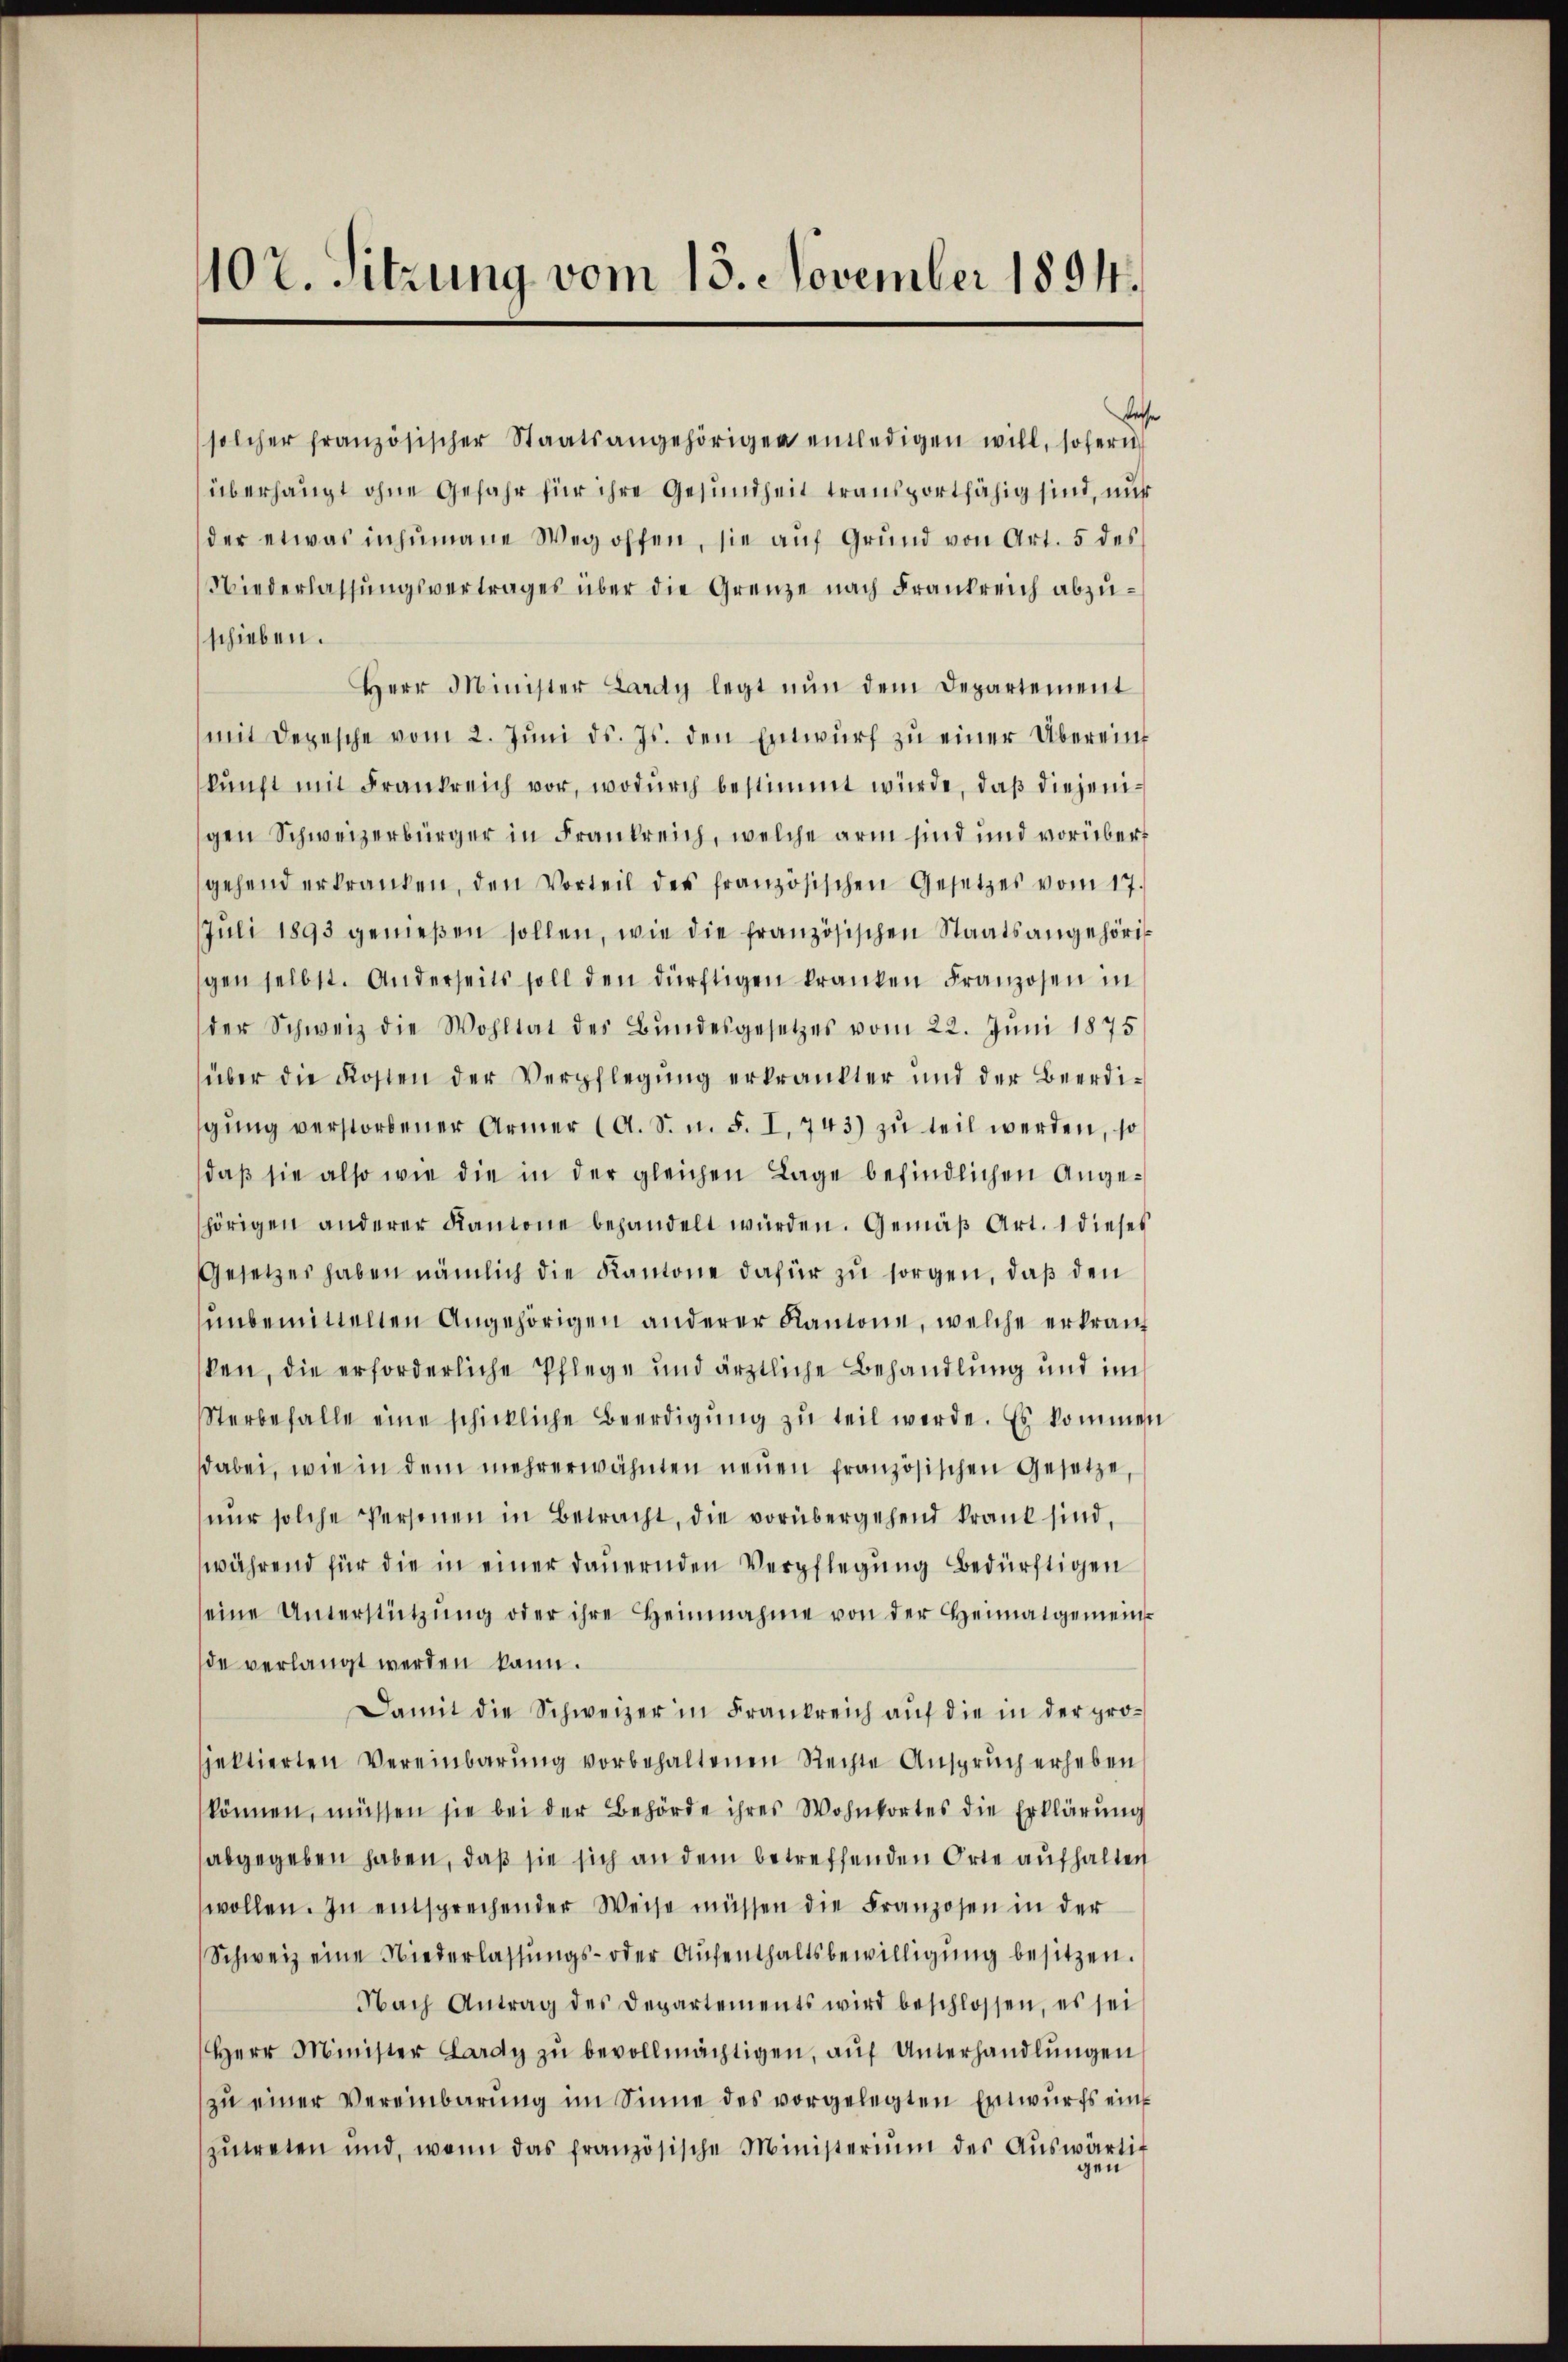
102. Sitzung vom 15. November 1894.

solcher französischer Staatsangehörigen einledigen will, sofern
überhaupt ohne Gefahr für ihre Gesundheit transportfähig sind, nur
der etwas inhumane Weg offen, sie aŭf Grund von Art. 5 des
Niederlassungsvertrages über die Grenze nach Frankreich abzuschieben.
Herr Minister Lardy legt nŭn dem Departement
mit Depesche vom 2. Jŭni d. Js. den Entwŭrf zŭ einer Übereinf
kŭnft mit Frankreich vor, wodurch bestimmt würde, daß diejenigen Schweizerbürger in Frankreich, welche arm sind und vorüber
gehend erkranken, den Vorteil des französischen Gesetzes vom 17.
Jŭli 1893 gemeßen sollen, wie die französischen Staatsangehörigen selbst. Anderseits soll den dürftigen kranken Franzosen in
der Schweiz die Wohltat des Bundesgesetzes vom 22. Juni 1875
über die Kosten der Verpflegung erkränkter und der Beerdigŭng verstorbener Armer (A. S. n. F. I. 743) zu teil werden, so
daß sie also wie die in der gleichen Lage befindlichen Angehörigen anderer Kantone behandelt würden. Gemäβ Art. 1 dieses
Gesetzes haben nämlich die Kantone dafür zu sorgen, daß den
unbemittelten Angehörigen anderer Kantone, welche erkran
ken, die erforderliche Pflege und ärztliche Behandlung und im
Sterbefalle eine schickliche Beerdigŭng zŭ teil werde. Es kommen
dabei, wie in dem mehrerwähnten neuen französischen Gesetze,
nŭr solche Personen in Betracht, die vorübergehend krank sind,
während für die in einer dauernden Verpflegung bedürftigen
seine Unterstützŭng oder ihre Heinnahme von der Heimatgemein-
de verlangt werden kann.
Damit die Schweizer in Frankreich auf die in der projektierten Vereinbarung vorbehaltenen Rechte Anspruch erheben
können, müssen sie bei der Behörde ihres Wohnortes die Erklärung
abgegeben haben, daß sie sich an dem betreffenden Orte aufhalten
wollen. In entsprechender Weise müssen die Franzosen in der
Schweiz eine Niederlassŭngs- oder Aŭfenthaltsbewilligŭng besitzen.
Nach Antrag des Departements wird beschlossen, es sei
Herr Minister Lardy zŭ bevollmächtigen, auf Unterhandlungen
zu einer Vereinbarung im Sinne des vorgelegten Entwurfs einzŭtreten und, wenn das französische Ministerium des Aŭswärtig
gen

lesse